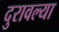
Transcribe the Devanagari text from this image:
दुरावल्या